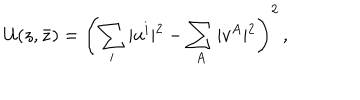
LaTeX: { \cal U } ( z , \bar { z } ) = \left( \sum _ { i } \vert u ^ { i } \vert ^ { 2 } - \sum _ { A } \vert v ^ { A } \vert ^ { 2 } \right) ^ { 2 } \, ,